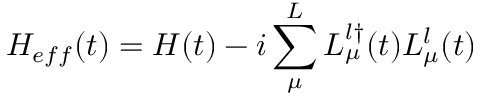
H _ { e f f } ( t ) = H ( t ) - i \sum _ { \mu } ^ { L } L _ { \mu } ^ { l \dagger } ( t ) L _ { \mu } ^ { l } ( t )